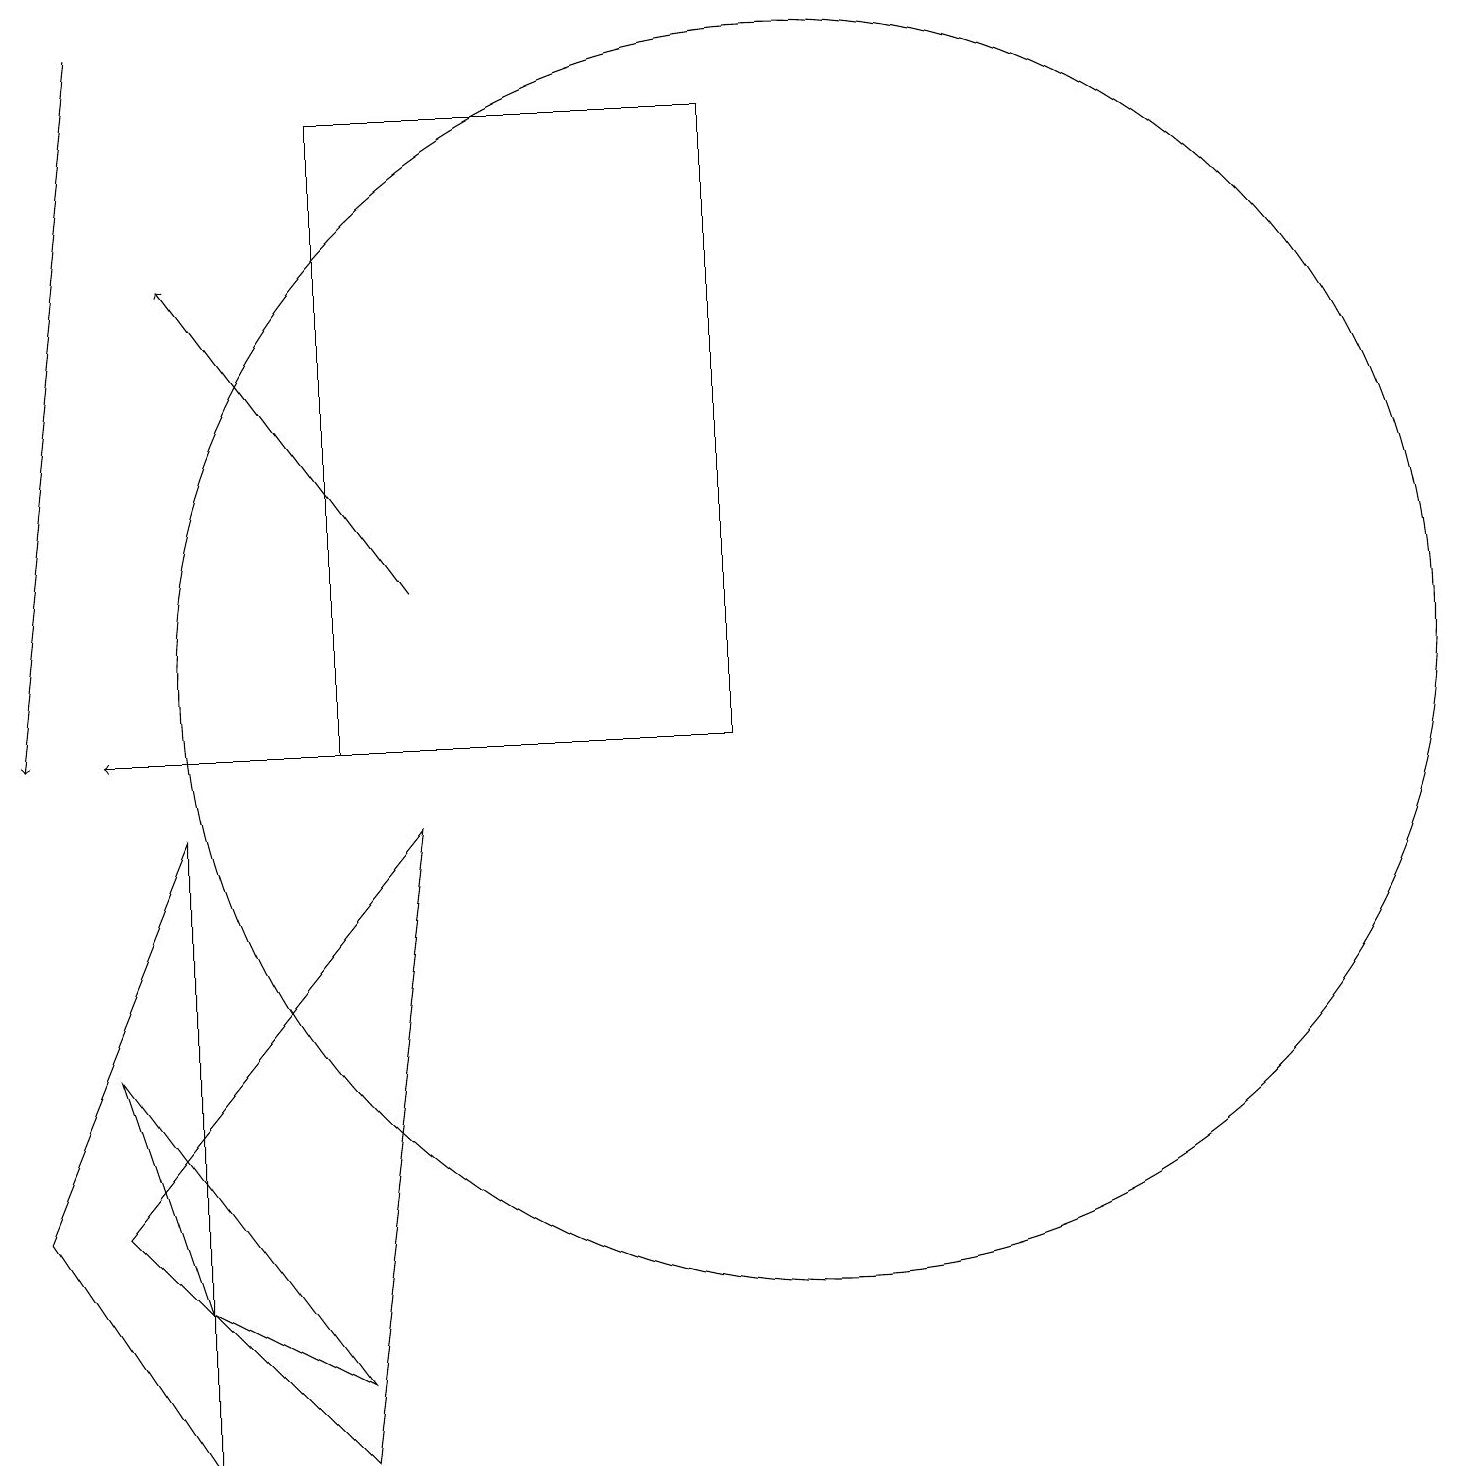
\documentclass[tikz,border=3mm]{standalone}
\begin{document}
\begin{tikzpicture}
\draw (0,4) -- (2,9) -- (2,1) -- cycle;
\draw[->] (5,12) -- (2,16);
\draw[->] (9,10) -- (1,10);
\draw (5,9) -- (1,4) -- (4,1) -- cycle;
\draw (10,11) circle (8);
\draw (4,18) rectangle (9,10);
\draw (2,3) -- (4,2) -- (1,6) -- cycle;
\draw[->] (1,19) -- (0,10);
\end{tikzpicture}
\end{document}